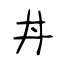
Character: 丼